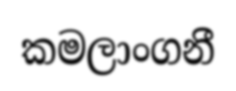
කමලාංගනී